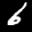
Label: 6